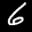
Label: 6